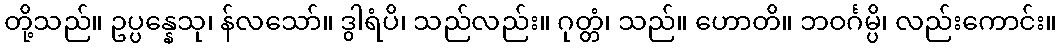
တို့သည်။ ဥပ္ပန္နေသု၊ န်လသော်။ ဒွါရံပိ၊ သည်လည်း။ ဂုတ္တံ၊ သည်။ ဟောတိ။ ဘဝင်္ဂမ္ပိ၊ လည်းကောင်း။